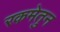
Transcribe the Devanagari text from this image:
रकमेतुन